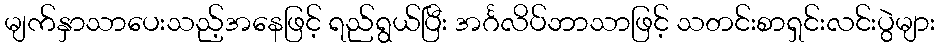
မျက်နှာသာပေးသည့်အနေဖြင့် ရည်ရွယ်ပြီး အင်္ဂလိပ်ဘာသာဖြင့် သတင်းစာရှင်းလင်းပွဲများ